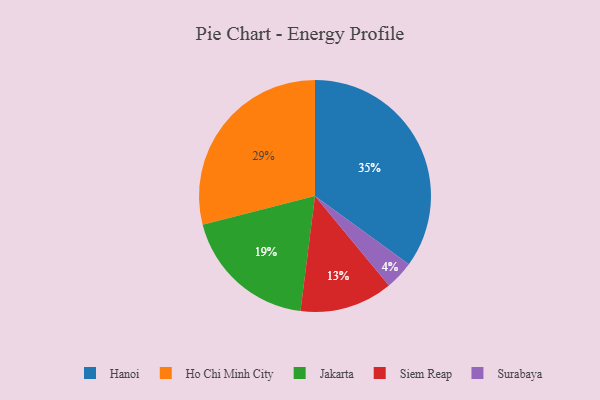
{"axis": {"x": "Category", "y": "Percentage"}, "legend": ["Hanoi", "Ho Chi Minh City", "Jakarta", "Siem Reap", "Surabaya"], "data": [{"x": "Jakarta", "y": 19, "type": "Jakarta"}, {"x": "Hanoi", "y": 35, "type": "Hanoi"}, {"x": "Surabaya", "y": 4, "type": "Surabaya"}, {"x": "Siem Reap", "y": 13, "type": "Siem Reap"}, {"x": "Ho Chi Minh City", "y": 29, "type": "Ho Chi Minh City"}]}